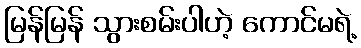
မြန်မြန် သွားစမ်းပါဟဲ့ ကောင်မရဲ့